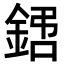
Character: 𨧙